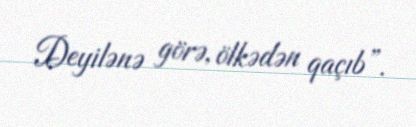
Deyilənə görə, ölkədən qaçıb”.